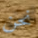
نحن